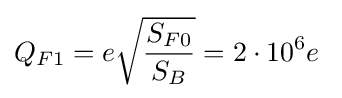
Q_{F1}=e{\sqrt {\frac {S_{F0}}{S_{B}}}}=2\cdot 10^{6}e\